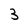
Character: 3